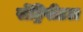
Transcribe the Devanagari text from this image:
सेंट्रिपीटल